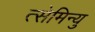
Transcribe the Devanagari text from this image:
त्सेमिन्यु